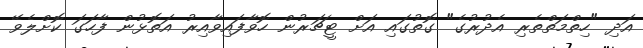
އަދި "ހިތްމަތްތެރި އެދުރުގެ" ގޮތުގައި އަށް ޓީޗަރުން ހޮވާފައިވާއިރު އަތޮޅުން ފާހަގަ ކޮށްލެވޭ